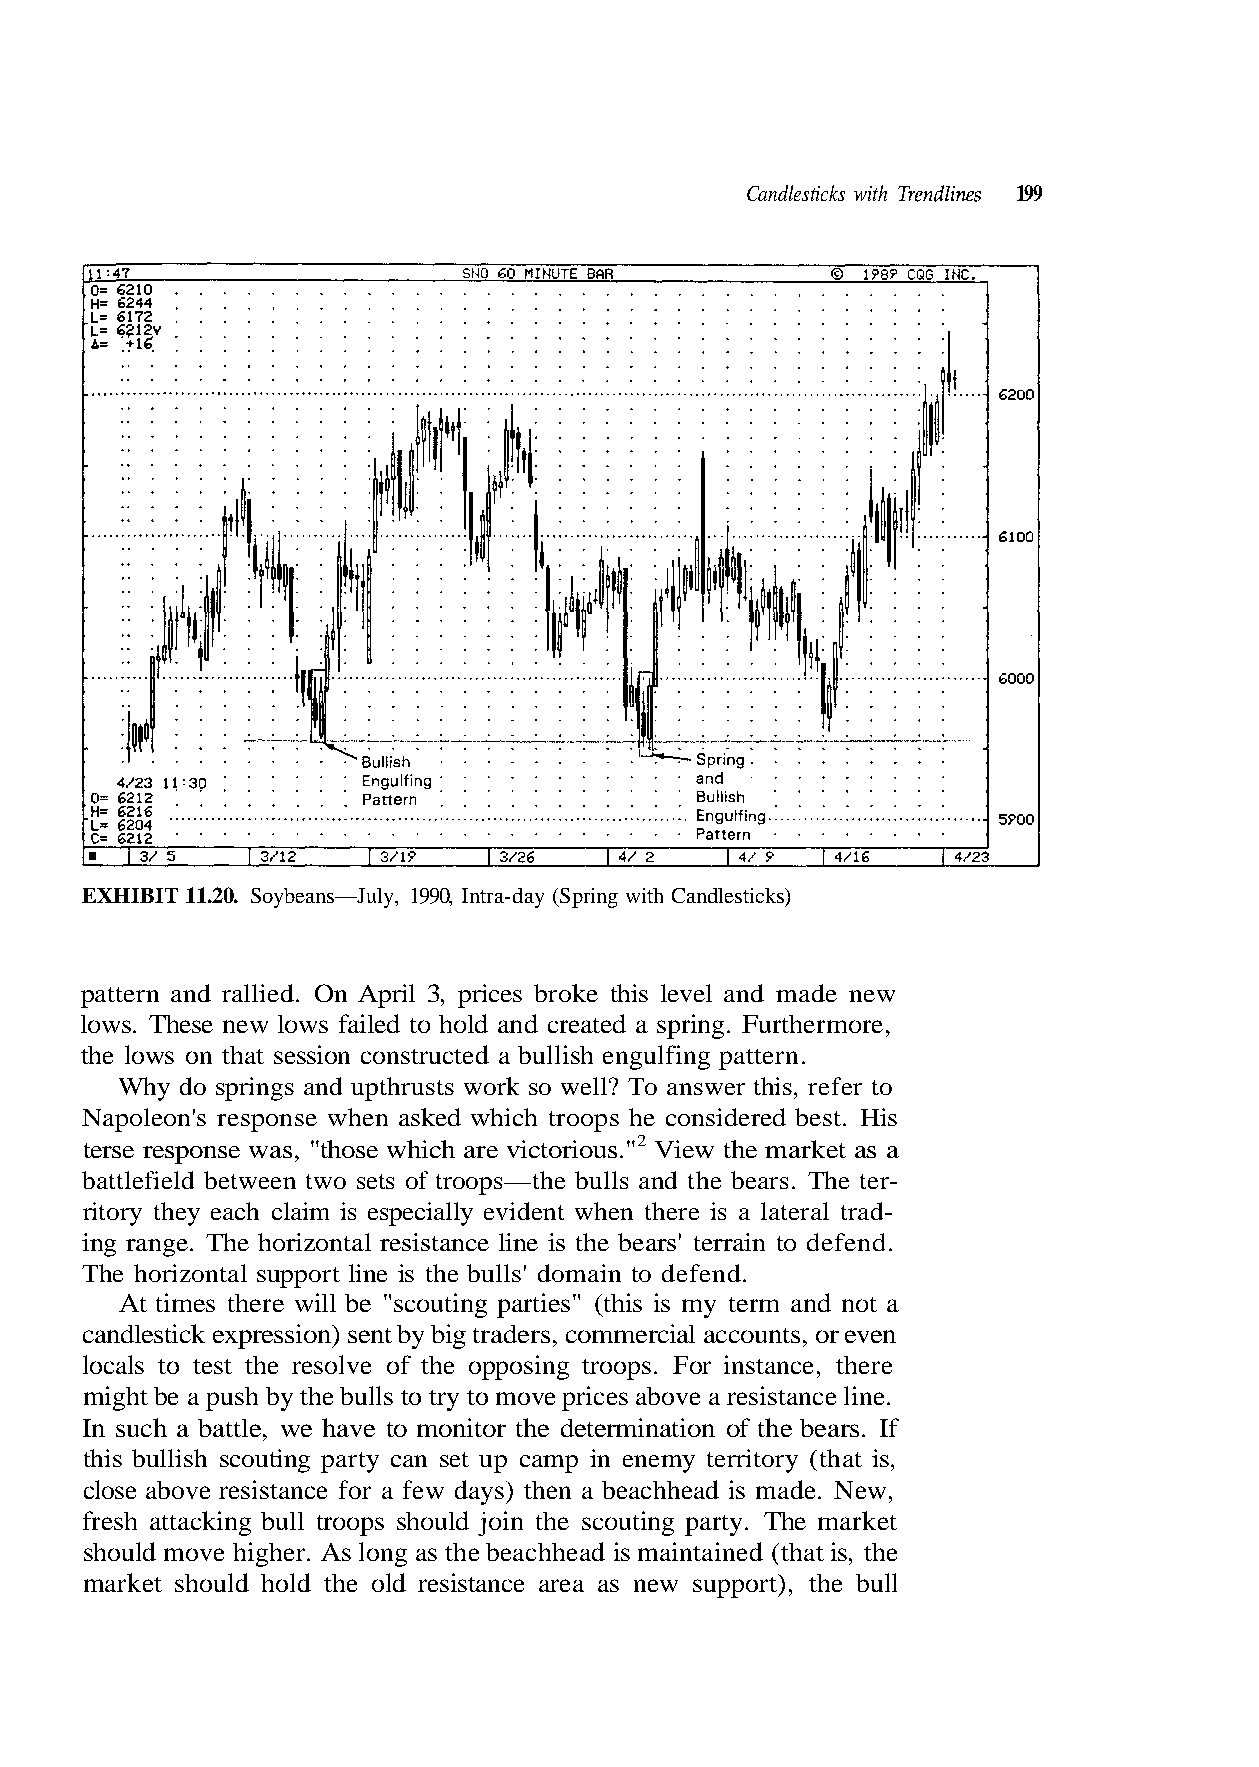
Candlesticks with Trendlines 199
 EXHIBIT 11.20. Soybeans—July, 1990, Intra-day (Spring with Candlesticks)
 lows. These new lows failed to hold and created a spring. Furthermore,
 Why do springs and upthrusts work so well? To answer this, refer to
 Napoleon's response when asked which troops he considered best. His
 terse response was, "those which are victorious."2 View the market as a
 The horizontal support line is the bulls' domain to defend.
 At times there will be "scouting parties" (this is my term and not a
 candlestick expression) sent by big traders, commercial accounts, or even
 locals to test the resolve of the opposing troops. For instance, there
 might be a push by the bulls to try to move prices above a resistance line.
 In such a battle, we have to monitor the determination of the bears. If
 should move higher. As long as the beachhead is maintained (that is, the
 market should hold the old resistance area as new support), the bull
 t e k r a m e h T . y t r
 d.
 a
 n
 p
 e f
 g
 e d
 n i
 o
 t
 t
 u
 n
 o
 i
 c
 a r
 s
 ars' ter
 (that is,
 the
 e
 y
 n
 b
 r
 i
 the
 territo
 d jo
 is
 my
 ul
 e
 e
 o
 n
 n
 i
 e
 h
 ance l
 mp in
 ps s
 st
 ca
 o
 si
 p
 o
 e
 u
 r
 ntal r
 an set
 made. New,
 ull t
 pattern and rallied. On April 3, prices broke this level and made new
 the lows on that session constructed a bullish engulfing pattern.
 battlefield between two sets of troops—the bulls and the bears. The ter-
 ritory they each claim is especially evident when there is a lateral trad-
 ing range. The horizo
 this bullish scouting party c
 close above resistance for a few days) then a beachhead is
 fresh attacking b